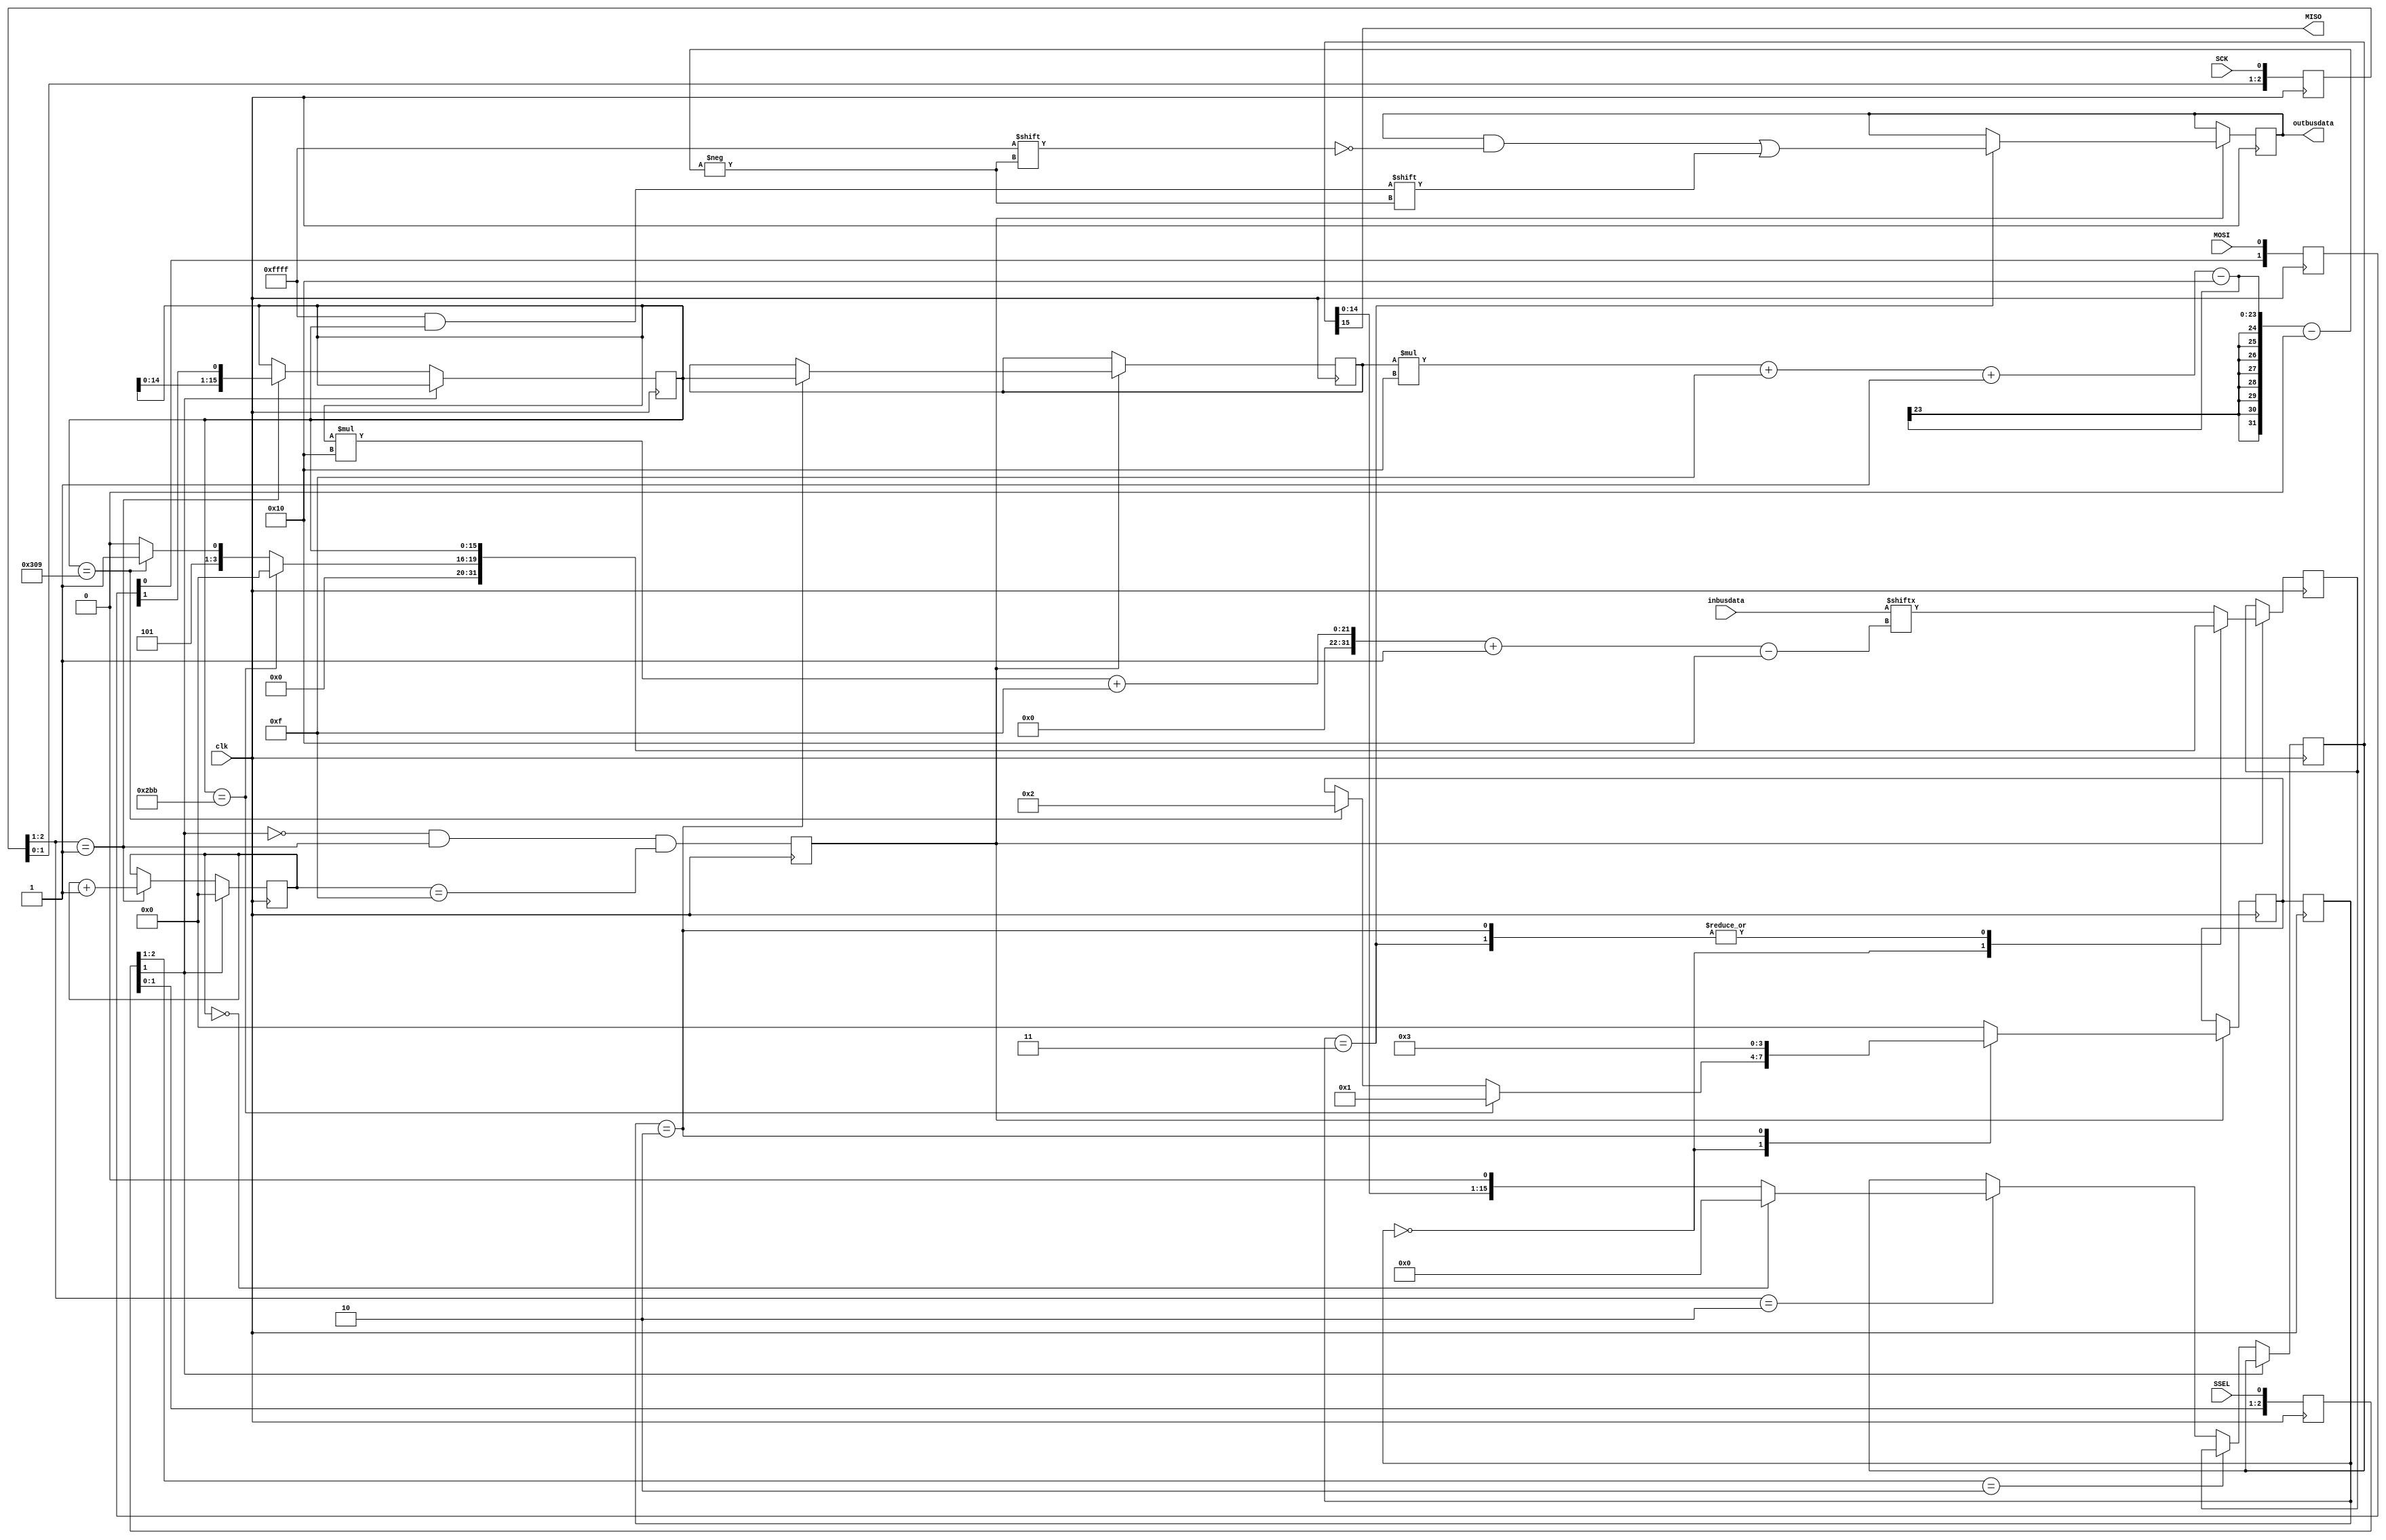
module SPI_bus(clk, SCK, MOSI, MISO, SSEL, inbusdata, outbusdata);


input clk;
input [1023:0] inbusdata;
output reg [1023:0] outbusdata;

reg [15:0] byte_data_received;
input SCK, SSEL, MOSI;
output MISO;

// output LED;

// sync SCK to the FPGA clock using a 3-bits shift register
reg [2:0] SCKr;  always @(posedge clk) SCKr <= {SCKr[1:0], SCK};
wire SCK_risingedge = (SCKr[2:1]==2'b01);  // now we can detect SCK rising edges
wire SCK_fallingedge = (SCKr[2:1]==2'b10);  // and falling edges

// same thing for SSEL
reg [2:0] SSELr;  always @(posedge clk) SSELr <= {SSELr[1:0], SSEL};
wire SSEL_active = ~SSELr[1];  // SSEL is active low
wire SSEL_startmessage = (SSELr[2:1]==2'b10);  // message starts at falling edge
wire SSEL_endmessage = (SSELr[2:1]==2'b01);  // message stops at rising edge

// and for MOSI
reg [1:0] MOSIr;  always @(posedge clk) MOSIr <= {MOSIr[0], MOSI};
wire MOSI_data = MOSIr[1];




// we handle SPI in 8-bits format, so we need a 3 bits counter to count the bits as they come in
reg [3:0] bitcnt;

reg byte_received;  // high when a byte has been received


always @(posedge clk)
begin
  if(~SSEL_active)
    bitcnt <= 4'b0000;
  else
  if(SCK_risingedge)
  begin
    bitcnt <= bitcnt + 4'b0001;
    // implement a shift-left register (since we receive the data MSB first)
    byte_data_received <= {byte_data_received[14:0], MOSI_data};
    bitindex <= {bitindex[14:0], MOSI_data};
  end
end

always @(posedge clk) byte_received <= SSEL_active && SCK_risingedge && (bitcnt==4'b1111);

reg [15:0] bitindex;
reg [15:0] sentdata;
reg [15:0] byte_data_sent;

reg [3:0] iomode;
reg [3:0] nextiomode;
reg [15:0] writeaddress;

always @(posedge clk) begin

    iomode <= nextiomode;

    if (byte_received) begin

    case (iomode)
    0: // IDLE
    begin
      if (bitindex == 699) begin
      nextiomode <= 1; // Read
      sentdata = 0;
      end
      else if (bitindex == 777) begin
      nextiomode <= 2; // Write Address
      sentdata = 11;
      end
      else sentdata = 10;
    end

    1:
    begin
      sentdata = inbusdata[ bitindex * 16 + 15 -: 16 ];
      nextiomode <= 0;
    end

    2:
    begin
      writeaddress = bitindex;
      sentdata <= writeaddress;
      nextiomode <= 3;
    end

    3:
    begin
      outbusdata[ writeaddress * 16 + 15 -: 16 ] = bitindex;
      sentdata = bitindex;
      nextiomode <= 0;
    end

    default:
    begin
      sentdata = inbusdata[ bitindex * 16 + 15 -: 16 ];
      nextiomode <= 0;
    end

    endcase
    end
end


assign MISO = byte_data_sent[15];

always @(posedge clk)
begin
  if(SSEL_active)
  begin

    // first byte sent in a message is the message count
    if(SSEL_startmessage)
    begin
      byte_data_sent <= sentdata;
    end
    else
    begin
      // after that, we send 0s
      if(SCK_fallingedge)
      begin
        if(bitcnt==4'b0000) byte_data_sent <= 16'h00;
        else byte_data_sent <= {byte_data_sent[14:0], 1'b0};
      end
    end
  end
end



endmodule